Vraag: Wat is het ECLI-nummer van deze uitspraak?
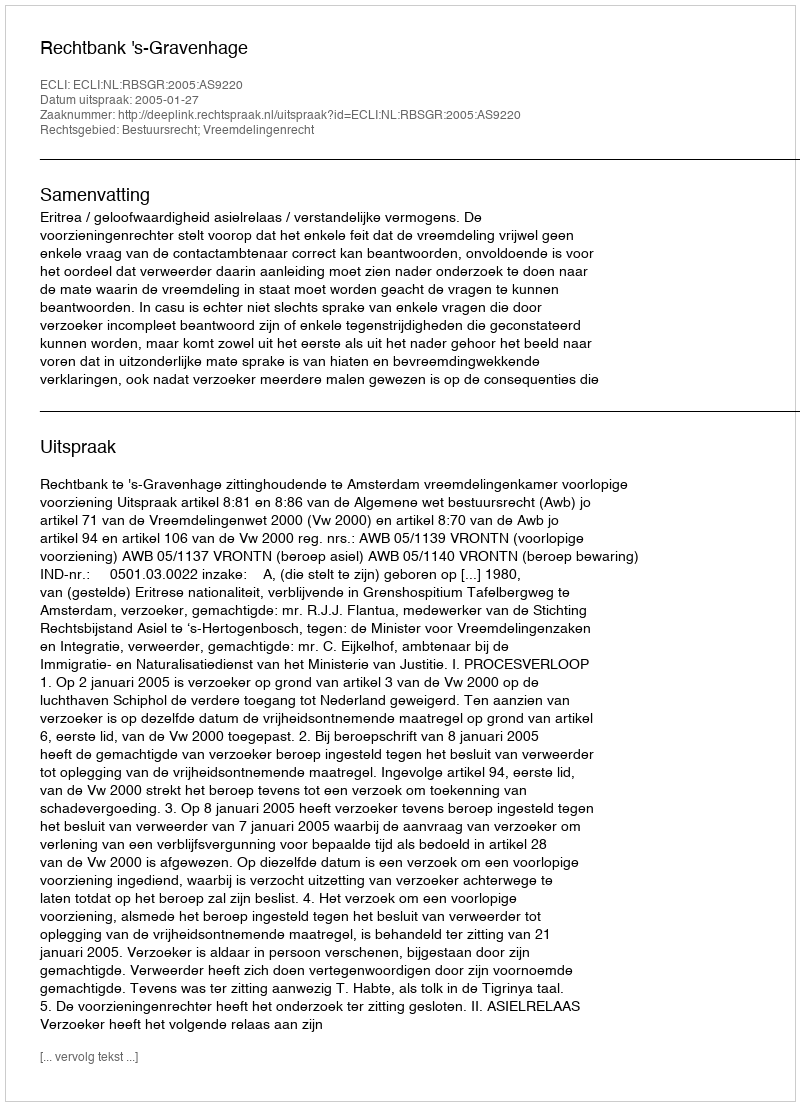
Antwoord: ECLI:NL:RBSGR:2005:AS9220